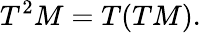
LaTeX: T^{2}M=T(TM).